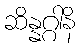
ဆိန္နဂ္ဂါနိ